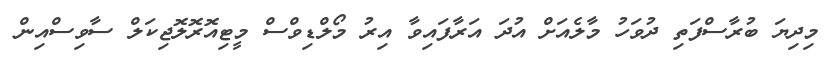
މިދިޔަ ބުރާސްފަތި ދުވަހު މާލެއަށް އުދަ އަރާފައިވާ އިރު މޯލްޑިވްސް މީޓިއޮރޮލޮޖިކަލް ސާވިސްއިން